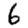
Digit: 6